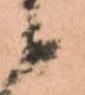
候